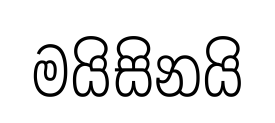
මයිසිනයි